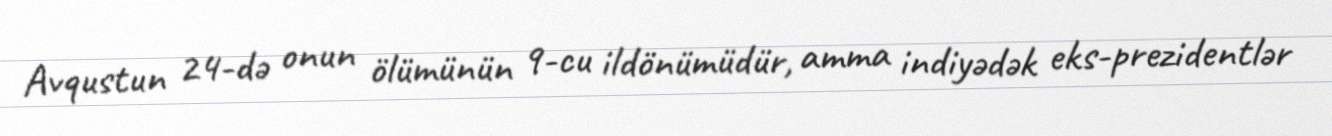
Avqustun 24-də onun ölümünün 9-cu ildönümüdür, amma indiyədək eks-prezidentlər